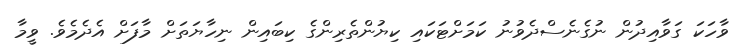
ވާހަކަ ގަވާއިދުން ނުގެނެސްދެވުނު ކަމަށްޓަކައި ކިޔުންތެރިންގެ ކިބައިން ނިހާޔަތަށް މާފަށް އެދެމެވެ. ވީމާ